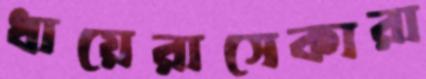
ধায়েরাসেকারা